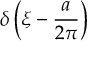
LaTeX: \delta \left( \xi - { \frac { a } { 2 \pi } } \right)